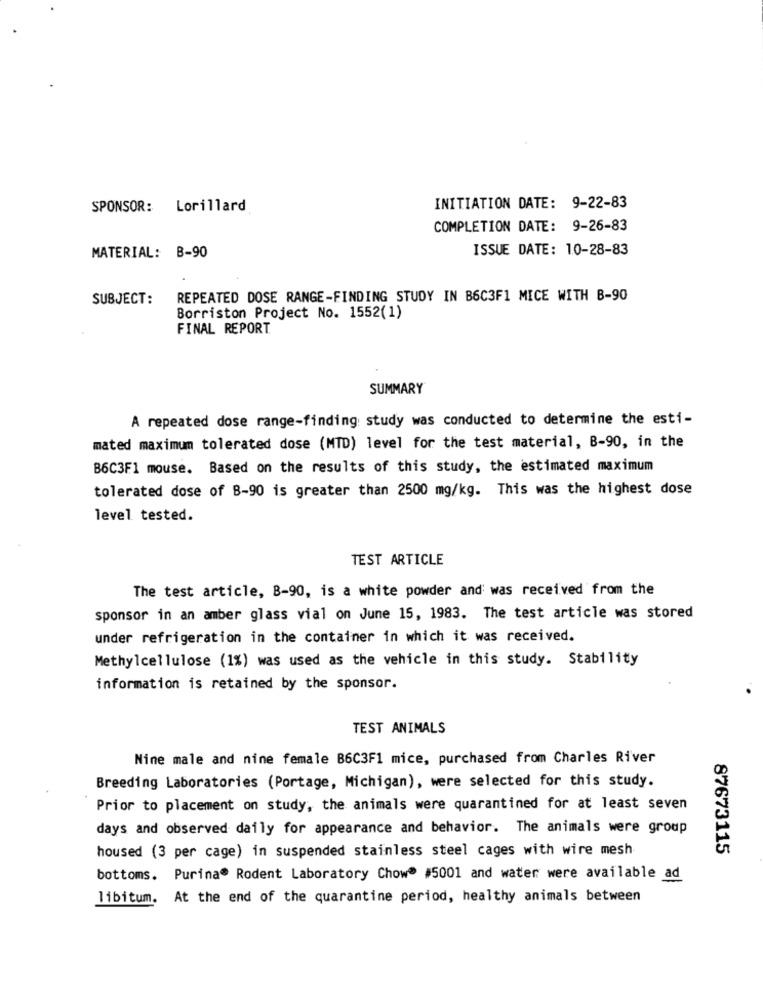
SPONSOR: Lorillard
INITIATION DATE: 9-22-83
COMPLETION DATE: 9-26-83
ISSUE DATE: 10-28-83
MATERIAL: B-90
SUBJECT:
REPEATED DOSE RANGE-FINDING STUDY IN B6C3F1 MICE WITH B-90
Borriston Project No. 1552(1)
FINAL REPORT
SUMMARY
A repeated dose range-finding study was conducted to determine the esti-
mated maximum tolerated dose (MTD) level for the test material, B-90, in the
B6C3F1 mouse. Based on the results of this study, the estimated maximum
tolerated dose of B-90 is greater than 2500 mg/kg. This was the highest dose
level tested.
TEST ARTICLE
The test article, B-90, is a white powder and was received from the
sponsor in an amber glass vial on June 15, 1983. The test article was stored
under refrigeration in the container in which it was received.
Methylcellulose (1%) was used as the vehicle in this study. Stability
information is retained by the sponsor.
TEST ANIMALS
Nine male and nine female B6C3F1 mice, purchased from Charles River
Breeding Laboratories (Portage, Michigan), were selected for this study.
Prior to placement on study, the animals were quarantined for at least seven
days and observed daily for appearance and behavior. The animals were group
housed (3 per cage) in suspended stainless steel cages with wire mesh
87673115
bottoms. Purina® Rodent Laboratory Chow® #5001 and water were available ad
libitum. At the end of the quarantine period, healthy animals between